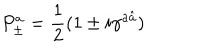
P _ { \pm } ^ { a } = { \frac { 1 } { 2 } } ( 1 \pm i \gamma ^ { a \hat { a } } )